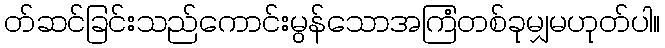
တ်ဆင်ခြင်းသည်ကောင်းမွန်သောအကြံတစ်ခုမျှမဟုတ်ပါ။